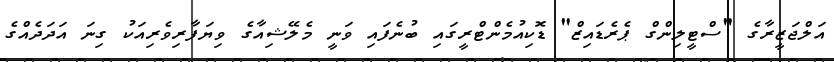
އަލްޖަޒީރާގެ "ސްޓީލިންގް ޕެރެޑައިޒް" ޑޮކިއުމެންޓްރީގައި ބުނެފައި ވަނީ މެލޭޝިއާގެ ވިޔަފާރިވެރިއަކު ގިނަ އަދަދެއްގެ